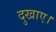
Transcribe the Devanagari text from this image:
दुखाए।